Insane asylums in Bengal annual reports 1867-1875 - 1867-1875
Year: 1867
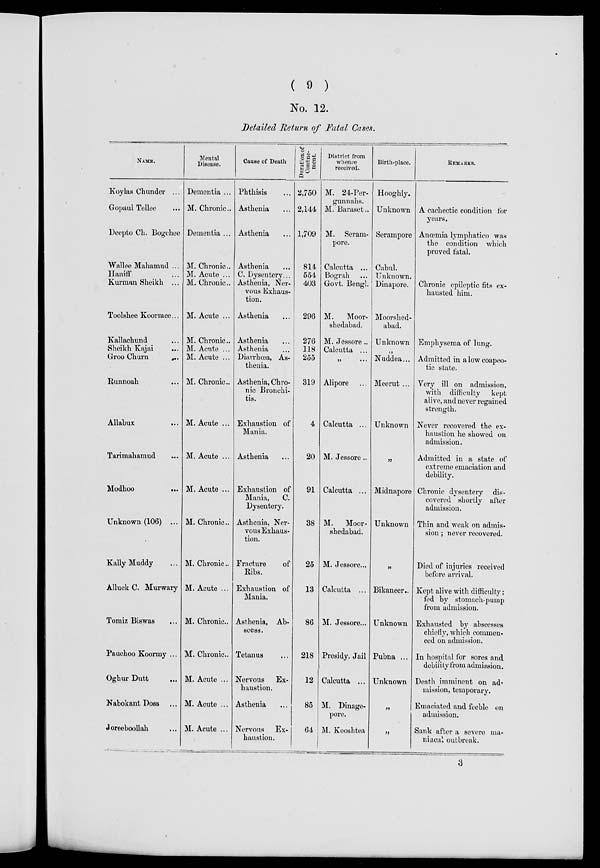
( 9 )
No. 12.
Detailed Return of Fatal Cases.
NAME.
Koylas Chunder ...
Gopaul Tellee ...
Deepto Ch. Bogchee
Wallee Mahamud ...
Haniff ...
Kurman Sheikh ...
Toolshee Koormee...
Kallachund ...
Sheikh Kajai ...
Groo Churn
...
Runnoah ...
Allabux
...
Tarimahamud ...
Modhoo
...
Unknown (106) ...
Kally Muddy ...
Alluck C. Murwary
Tomiz Biswas ...
Pauchoo Koormy ...
Oghur Dutt ...
Nabokant Doss ...
Joreeboollah ...
Mental
Disease ...
Dementia ...
M. Chronic..
Dementia ...
M. Chronic..
M. Acute ...
M. Chronic..
M. Acute ...
M. Chronic..
M. Acute ...
M. Acute ...
M. Chronic.
M. Acute ...
M. Acute ...
M. Acute ...
M. Chronic.
M. Chronic.
M. Acute ...
M. Chronic.
M. Chronic.
M. Acute ...
M. Acute ...
M. Acute ...
Cause of Death
Phthisis ...
Asthenia ...
Asthenia ...
Asthenia ...
C. Dysentery...
Asthenia, Ner-
vous Exhaus-
tion.
Asthenia ...
Asthenia ...
Asthenia ...
Diarrhœa, As-
thenia.
Asthenia, Chro-
nic Bronchi-
tis.
Exhaustion of
Mania.
Asthenia ...
Exhaustion of
Mania,
C.
Dysentery.
Asthenia, Ner-
vous Exhaus-
tion.
Fracture
of
Ribs.
Exhaustion of
Mania.
Asthenia, Ab-
scess.
Tetanus ...
Nervous
Ex-
haustion.
Asthenia ...
Nervous
Ex-
haustion.
Duration of
Confine-
ment.
2,750
2,144
1,709
814
554
403
296
276
118
255
319
4
20
91
38
25
13
86
218
12
85
64
District from
whence
received.
M. 24-Per¬
gunnahs.
M. Baraset..
M. Seram¬
pore.
Calcutta ...
Bograh ...
Govt. Bengl.
M. Moor¬
shedabad.
M. Jessore..
Calcutta ...
„
...
Alipore ...
Calcutta ...
M. Jessore..
Calcutta ...
M.
Moor¬
shedabad.
M. Jessore...
Calcutta ...
M. Jessore...
Presidy. Jail
Calcutta ...
M. Dinage¬
pore.
M. Kooshtea
Birth-place.
Hooghly.
Unknown
Serampore
Cabul.
Unknown.
Dinapore.
Moorshed¬
abad.
Unknown
„
Nuddea...
Meerut ...
Unknown
„
Midnapore
Unknown
„
Bikaneer..
Unknown
Pubna ...
Unknown
„
„
REMARKS.
A cachectic condition for
years.
Anœmia lymphatieo was
the condition which
proved fatal.
Chronic epileptic fits ex-
hausted him.
Emphysema of lung.
Admitted in a low coapeo¬
tic state.
Very ill on admission,
with difficulty
kept
alive, and never regained
strength.
Never recovered the ex-
haustion he showed on
admission.
Admitted in a state of
extreme emaciation and
debility.
Chronic dysentery dis-
covered shortly after
admission.
Thin and weak on admis-
sion ; never recovered.
Died of injuries received
before arrival.
Kept alive with difficulty ;
fed by stomach-pump
from admission.
Exhausted by abscesses
chiefly, which commen-
ced on admission.
In hospital for sores and
debility from admission.
Death imminent on ad-
mission, temporary.
Emaciated and feeble on
admission.
Sank after a severe ma-
niacal outbreak.
3